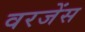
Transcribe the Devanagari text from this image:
वरजेंस